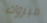
مبروك